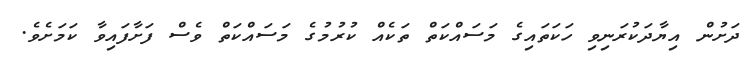
ދަށުން އިޔާދަކުރަނިވި ހަކަތައިގެ މަސައްކަތް ތަކެއް ކުރުމުގެ މަސައްކަތް ވެސް ފަށާފައިވާ ކަމަށެވެ.